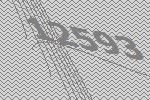
12593